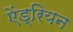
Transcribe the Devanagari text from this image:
ऐंड्रियन